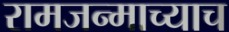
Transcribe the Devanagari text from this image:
रामजन्माच्याच